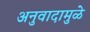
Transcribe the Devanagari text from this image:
अनुवादामुळे